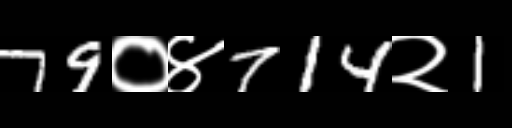
Text: 79०४714२1